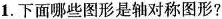
1. 下面哪些图形是轴对称图形?